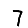
Digit: 7